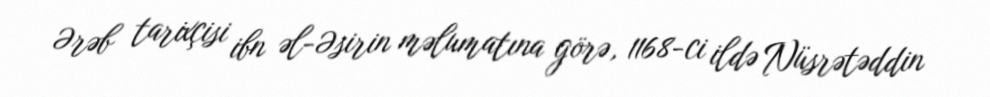
Ərəb tarixçisi ibn əl-Əsirin məlumatına görə, 1168-ci ildə Nüsrətəddin